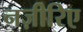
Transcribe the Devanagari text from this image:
नज़ीरिए